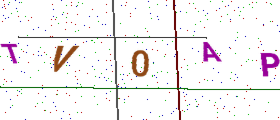
Text: TV0AP